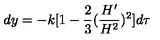
d y = - k [ 1 - \frac { 2 } { 3 } ( \frac { H ^ { \prime } } { H ^ { 2 } } ) ^ { 2 } ] d \tau